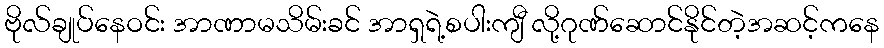
ဗိုလ်ချုပ်နေဝင်း အာဏာမသိမ်းခင် အာရှရဲ့စပါးကျီ လို့ဂုဏ်ဆောင်နိုင်တဲ့အဆင့်ကနေ